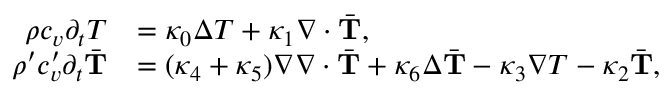
\begin{array} { r l } { \rho c _ { v } \partial _ { t } T } & { = \kappa _ { 0 } \Delta T + \kappa _ { 1 } \nabla \cdot \bar { \mathbf T } , } \\ { \rho ^ { \prime } c _ { v } ^ { \prime } \partial _ { t } \bar { \mathbf T } } & { = ( \kappa _ { 4 } + \kappa _ { 5 } ) \nabla \nabla \cdot \bar { \mathbf T } + \kappa _ { 6 } \Delta \bar { \mathbf T } - \kappa _ { 3 } \nabla T - \kappa _ { 2 } \bar { \mathbf T } , } \end{array}